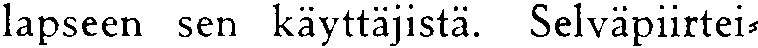
lapseen sen käyttäjistä. Selväpiirtei-